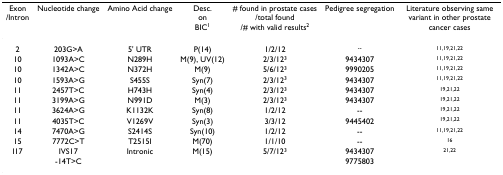
<table><thead><tr><td><b>Exon/Intron</b></td><td><b>Nucleotide change</b></td><td><b>Amino Acid change</b></td><td><b>Desc.onBIC<sup>1</sup></b></td><td><b># found in prostate cases/total found/# with valid results<sup>2</sup></b></td><td><b>Pedigree segregation</b></td><td><b>Literature observing same variant in other prostate cancer cases</b></td></tr></thead><tbody><tr><td>2</td><td>203G&gt;A</td><td>5&#x27; UTR</td><td>P(14)</td><td>1/2/12</td><td><sup>--</sup></td><td><sup>11,19,21,22</sup></td></tr><tr><td>10</td><td>1093A&gt;C</td><td>N289H</td><td>M(9), UV(12)</td><td>2/3/12<sup>3</sup></td><td>9434307</td><td><sup>11,19,21,22</sup></td></tr><tr><td>10</td><td>1342A&gt;C</td><td>N372H</td><td>M(9)</td><td>5/6/12<sup>3</sup></td><td>9990205</td><td><sup>11,19,21,22</sup></td></tr><tr><td>10</td><td>1593A&gt;G</td><td>S455S</td><td>Syn(7)</td><td>2/3/12<sup>3</sup></td><td>9434307</td><td><sup>11,19,21,22</sup></td></tr><tr><td>11</td><td>2457T&gt;C</td><td>H743H</td><td>Syn(4)</td><td>2/3/12<sup>3</sup></td><td>9434307</td><td><sup>19,21,22</sup></td></tr><tr><td>11</td><td>3199A&gt;G</td><td>N991D</td><td>M(3)</td><td>2/3/12<sup>3</sup></td><td>9434307</td><td><sup>19,21,22</sup></td></tr><tr><td>11</td><td>3624A&gt;G</td><td>K1132K</td><td>Syn(8)</td><td>1/2/12</td><td>--</td><td><sup>19,21,22</sup></td></tr><tr><td>11</td><td>4035T&gt;C</td><td>V1269V</td><td>Syn(3)</td><td>3/3/12</td><td>9445402</td><td><sup>19,21,22</sup></td></tr><tr><td>14</td><td>7470A&gt;G</td><td>S2414S</td><td>Syn(10)</td><td>1/2/12</td><td>--</td><td><sup>11,19,21,22</sup></td></tr><tr><td>15</td><td>7772C&gt;T</td><td>T2515I</td><td>M(70)</td><td>1/1/10</td><td>--</td><td><sup>16</sup></td></tr><tr><td>I17</td><td>IVS17-14T&gt;C</td><td>Intronic</td><td>M(15)</td><td>5/7/12<sup>3</sup></td><td>94343079775803</td><td><sup>21,22</sup></td></tr></tbody></table>